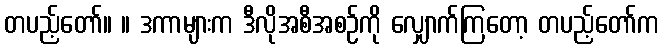
တပည့်တော်။ ။ ဒကာများက ဒီလိုအစီအစဉ်ကို လျှောက်ကြတော့ တပည့်တော်က